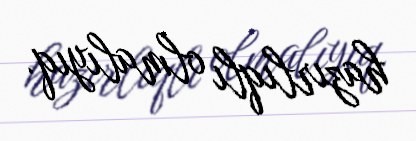
hazırlıqlı olmalıyıq.